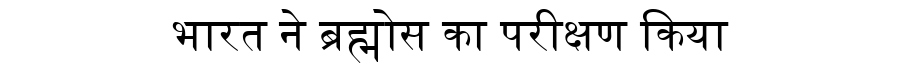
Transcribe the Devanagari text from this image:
भारत ने ब्रह्मोस का परीक्षण किया